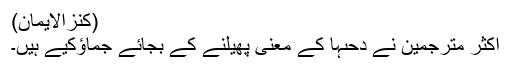
(کنزالایمان)
اکثر مترجمین نے دَحٰىہَا کے معنی پھیلنے کے بجائے جماؤکیے ہیں۔